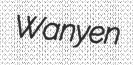
Wanyen